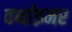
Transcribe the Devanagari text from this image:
वर्थाइमर